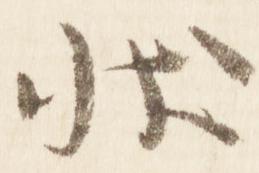
状